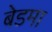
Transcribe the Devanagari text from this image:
बेडमा